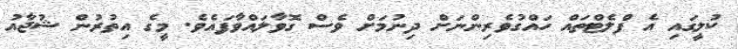
ކުލީގައި އެ ފްލެޓްތައް ހައްގުވެރިންނަށް ދިނުމަށް ވެސް ގޮވާލައްވާފައެވެ. މީގެ އިތުރުން ޝުޖާއު